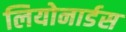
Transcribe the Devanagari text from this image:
लियोनार्डस